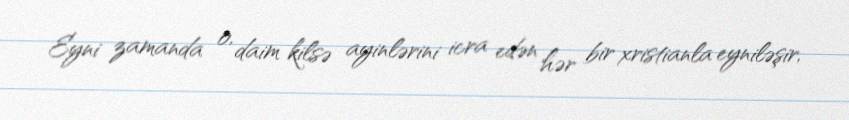
Eyni zamanda o, daim kilsə ayinlərini icra edən hər bir xristianla eyniləşir,